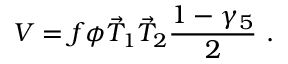
V = f \phi \vec { T } _ { 1 } \vec { T } _ { 2 } \frac { 1 - \gamma _ { 5 } } { 2 } ~ .